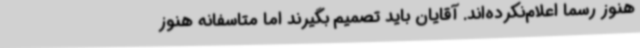
هنوز رسما اعلام‌نکرده‌اند. آقایان باید تصمیم بگیرند اما متاسفانه هنوز